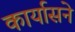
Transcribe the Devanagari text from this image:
कार्यासने